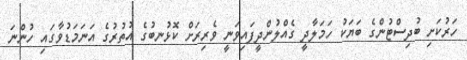
ހަރުކަށި ބުދިސްޓުންގެ ބަޔަކު ހަމަލާދީ ގެއްލުންދީފައިވަނީ ވެރިރަށް ކޮޅުނބުގެ އުތުރުގެ އަނަމަޑުވާގައި ހުންނަ